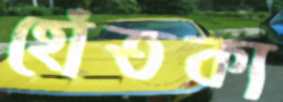
হোঁতকা